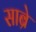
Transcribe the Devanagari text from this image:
साब्रे